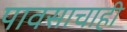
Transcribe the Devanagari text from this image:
पावसाचाही